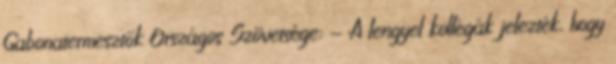
Gabonatermesztők Országos Szövetsége: - A lengyel kollégák jelezték, hogy